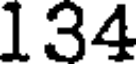
134